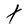
Character: t